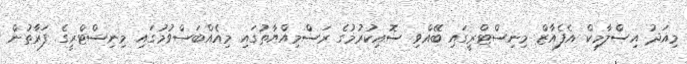
މިއަދު އިސްލާމިކް އެފެއާޒް މިނިސްޓްރީގައި ބޭއްވި ސޮއިކުރުމުގެ ރަސްމިއްޔާތުގައި މިއެއްބަސްވުމުގައި މިނިސްޓްރީގެ ފަރާތުން